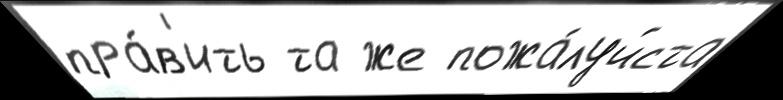
пра́в'ить та же пожа́луйста